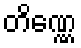
တိဏ္ဏေ